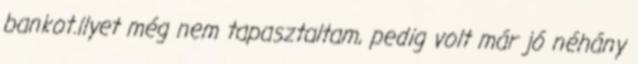
bankot.ilyet még nem tapasztaltam, pedig volt már jó néhány